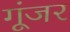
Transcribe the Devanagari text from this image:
गूंजर